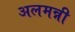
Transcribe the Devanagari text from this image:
अलमन्नी